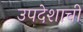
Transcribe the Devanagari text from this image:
उपदेशाची